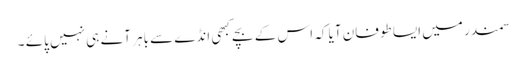
سمندر میں ایسا طوفان آیا کہ اس کے بچے کبھی انڈے سے باہر آنے ہی نہیں پائے ۔